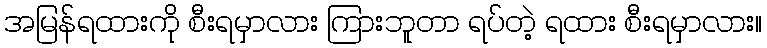
အမြန်ရထားကို စီးရမှာလား ကြားဘူတာ ရပ်တဲ့ ရထား စီးရမှာလား။